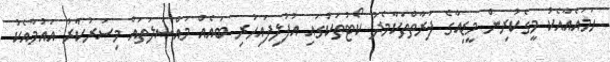
ހަމައެއާއެކު މީގެކުރިން މީޑިއާގެ ފަރާތްތަކާމެދު ކޯޓުތަކުގައި އުފުލިފައިހުރި ބައެއް މައްސަލަތައް މިސަރުކާރު އައުމާއެކު